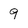
Character: 9